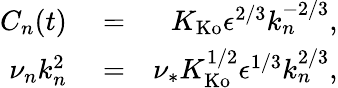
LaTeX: \begin{array}{rlr}{C_{n}(t)}&{{}=}&{K_{\mathrm{Ko}}\epsilon^{2/3}k_{n}^{-2/3},}\\ {\nu_{n}k_{n}^{2}}&{{}=}&{\nu_{*}K_{\mathrm{Ko}}^{1/2}\epsilon^{1/3}k_{n}^{2/3},}\end{array}